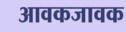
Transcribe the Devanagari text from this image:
आवकजावक